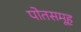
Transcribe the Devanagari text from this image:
पोतसमूह